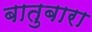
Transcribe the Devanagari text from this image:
बातुबारा